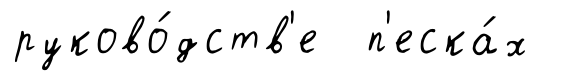
руково́дств'е п'еска́х